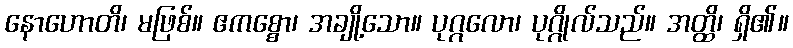
နောဟောတိ၊ မဖြစ်။ ဧကစ္စော၊ အချို့သော။ ပုဂ္ဂလော၊ ပုဂ္ဂိုလ်သည်။ အတ္ထိ၊ ရှိ၏။